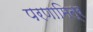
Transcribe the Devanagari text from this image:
परणामित्र